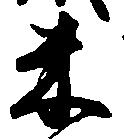
米